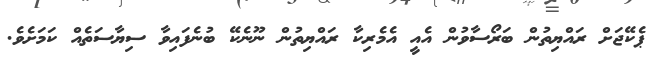
ޕެކޭޖަށް ރައްޔިތުން ބަރޯސާވުން އެއީ އެމެރިކާ ރައްޔިތުން ނޫނެކޭ ބުނެފައިވާ ސިޔާސަތެއް ކަމަށެވެ.